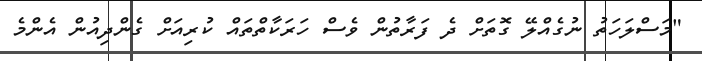
"މަސްލަހަތު ނުގެއްލޭ ގޮތަށް ދެ ފަރާތުން ވެސް ހަރަކާތްތައް ކުރިއަށް ގެންދިއުން އެންމެ